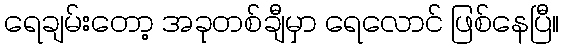
ရေချမ်းတော့ အခုတစ်ချီမှာ ရေလောင် ဖြစ်နေပြီ။